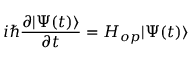
i \hbar \frac { \partial | \Psi ( t ) \rangle } { \partial t } = H _ { o p } | \Psi ( t ) \rangle